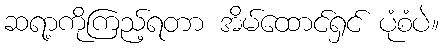
ဆရာ့ကိုကြည့်ရတာ အိမ်ထောင်ရှင် ပုံစံပဲ။